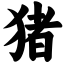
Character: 猪